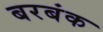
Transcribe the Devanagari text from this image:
बरबंक